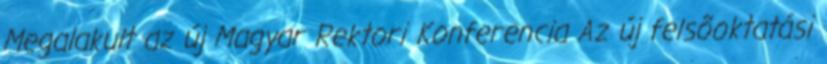
Megalakult az új Magyar Rektori Konferencia Az új felsõoktatási